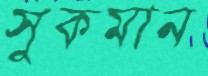
সুকমান